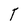
Character: T